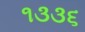
૧૩૩૬